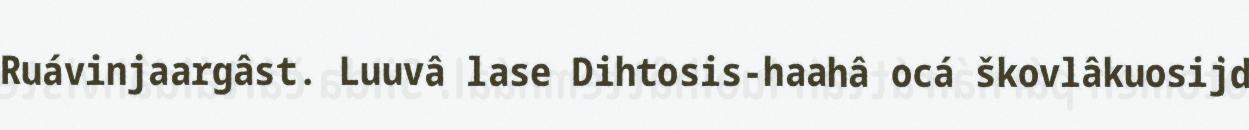
Ruávinjaargâst. Luuvâ lase Dihtosis-haahâ ocá škovlâkuosijd